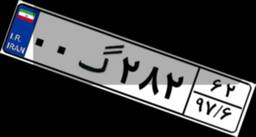
۰۰گ۲۸۲۶۲